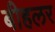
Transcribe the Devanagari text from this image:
बीहलर